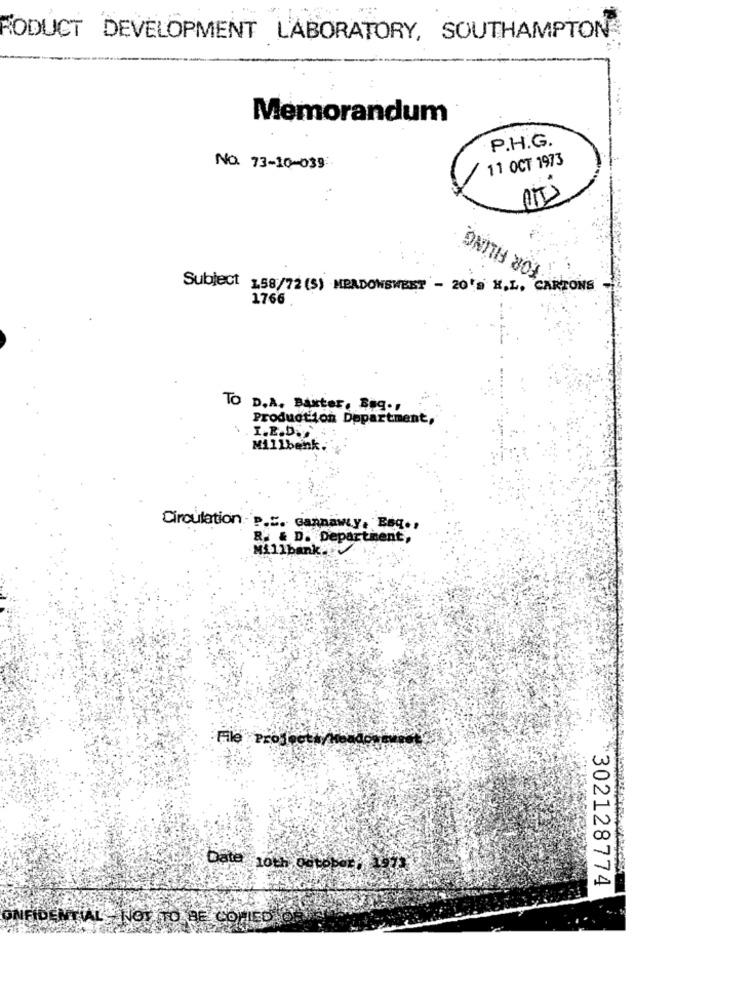
RODUCT DEVELOPMENT LABORATORY, SOUTHAMPTON
Memorandum
P.H.G.
11 OCT 1973
No. 73-10-039
Subject 1,58/72 (S) MEADOWSWEST - 20'S H.L.
CARTONS
1766
TO D.A. Bakter, Bug .,
Production Department,
I.E.D.
Millbenk.
Circulation
P.E. cannaway, Esq .,
R. & D. Department,
Millbank .!
Date 10th October
19
302128774
ONFIDENTIAL NOT TO BE COPIED OR